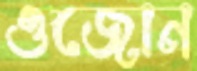
ওজোন